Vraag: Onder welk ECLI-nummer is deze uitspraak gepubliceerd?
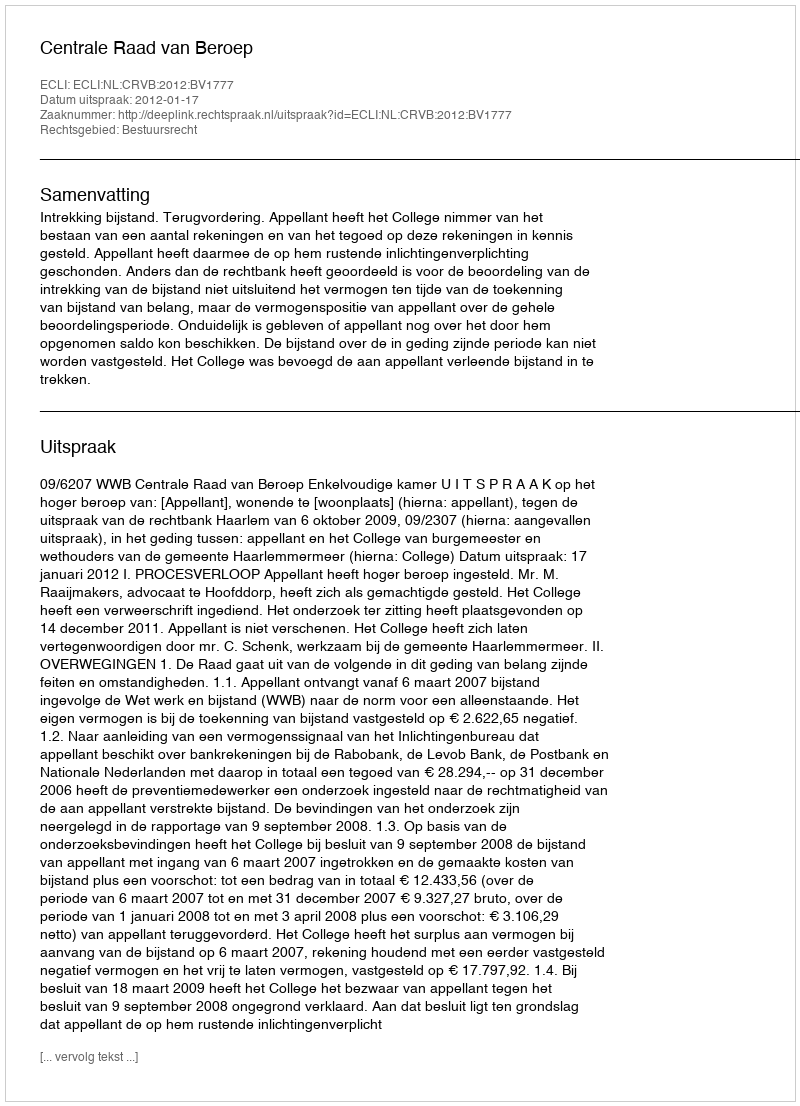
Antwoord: ECLI:NL:CRVB:2012:BV1777